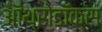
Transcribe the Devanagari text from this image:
ऑथ्रोडॉक्स